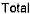
TOTAL